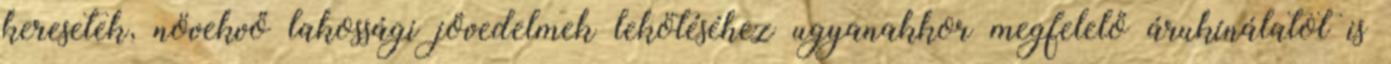
keresetek, növekvő lakossági jövedelmek lekötéséhez ugyanakkor megfelelő árukínálatot is